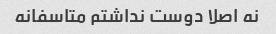
نه اصلا دوست نداشتم متاسفانه